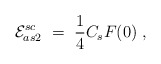
\begin{align*}{\cal E}_{as2}^{sc} \ =\ \frac 14 C_s F(0)\ ,\end{align*}